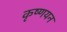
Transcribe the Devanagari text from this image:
कृष्णयन